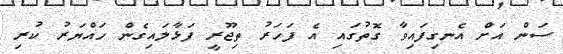
ސަން އަށް އެނގިފައިވާ ގޮތުގައި އެ ފަހަރު ތިޖޫރީ ފަޅާލައިގެން ހައްޔަރު ކުރި